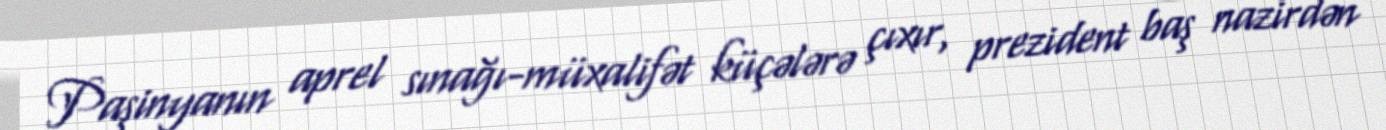
Paşinyanın aprel sınağı-müxalifət küçələrə çıxır, prezident baş nazirdən